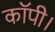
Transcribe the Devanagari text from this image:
कॉपी।